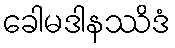
ခေါမဒါနဿိဒံ